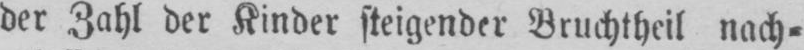
der Zahl der Kinder steigender Bruchtheil nach⸗